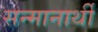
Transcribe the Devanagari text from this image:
सन्मानार्थी